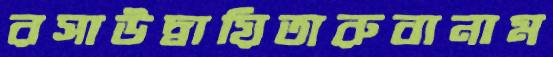
রসাউদ্বায়িতারুবানাম